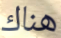
هناك